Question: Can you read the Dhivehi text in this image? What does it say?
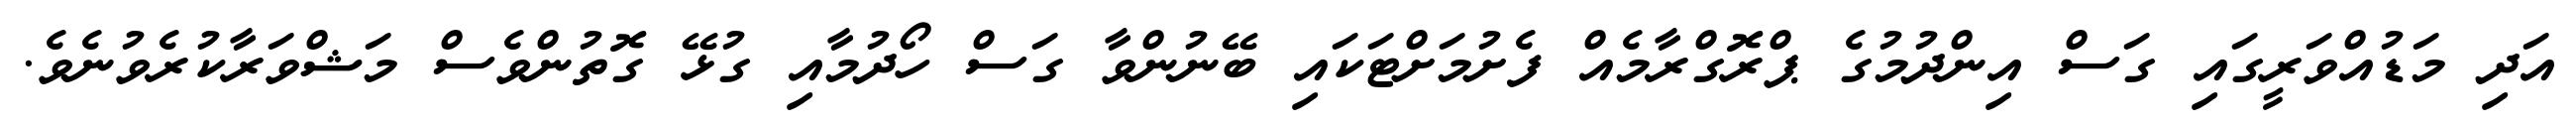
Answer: އަދި މަޑުއްވަރީގައި ގަސް އިންދުމުގެ ޕްރޮގްރާމެއް ފެށުމަށްޓަކައި ބޭނުންވާ ގަސް ހޯދުމާއި ގުޅޭ ގޮތުންވެސް މަޝްވަރާކުރެވުނެވެ.